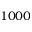
1 0 0 0